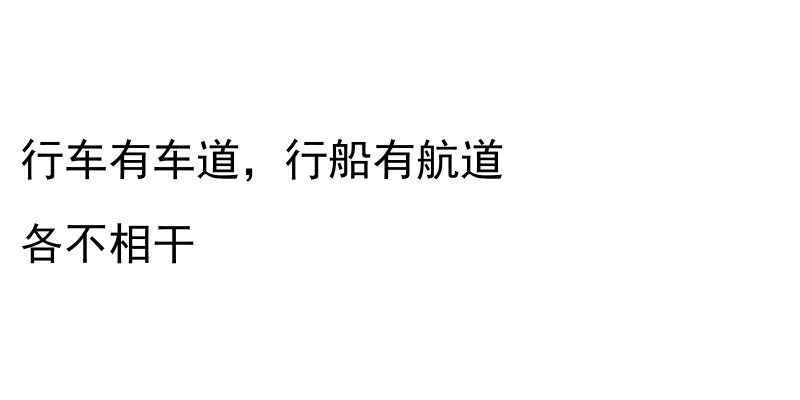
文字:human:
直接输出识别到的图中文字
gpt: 行车有车道，行船有航道 各不相干